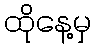
ထိုနေ့မှ